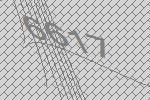
6617